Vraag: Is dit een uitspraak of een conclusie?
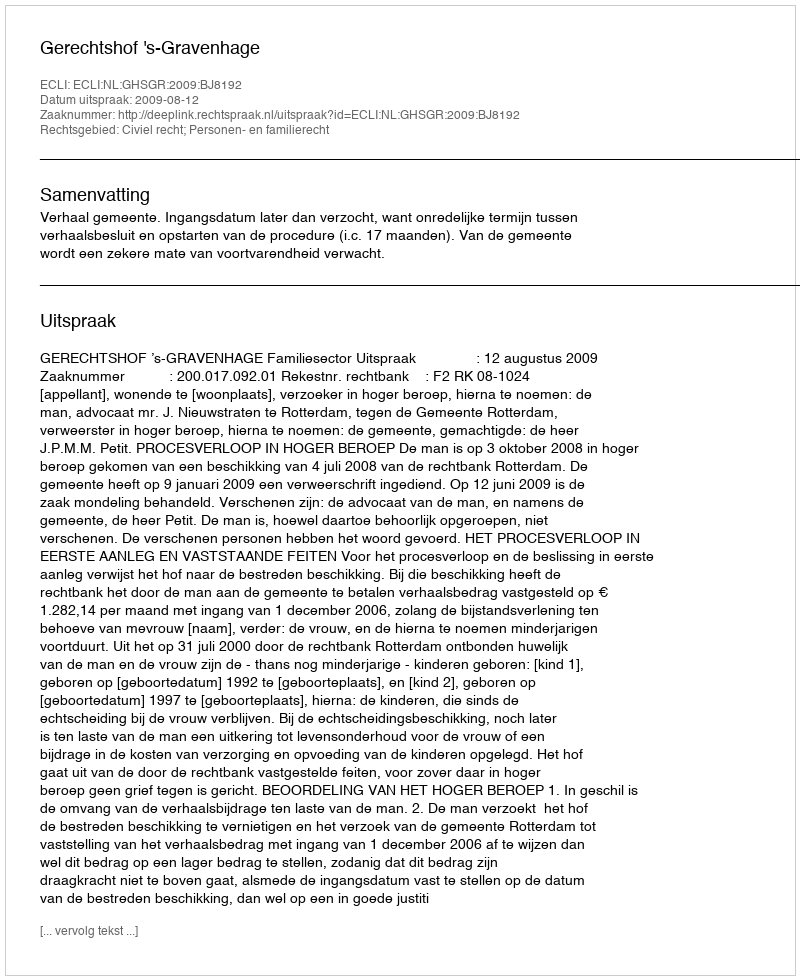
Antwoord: Uitspraak